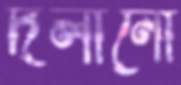
দলানো